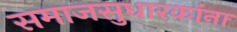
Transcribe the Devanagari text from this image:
समाजसुधारकांना